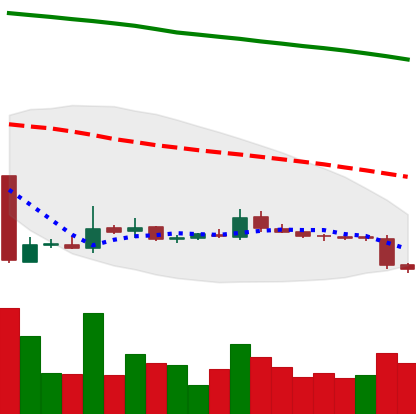
Ticker: ETC-USD
Chart end date: 2018-10-30
Forward return: 3.992%
Label: up_3_5